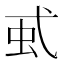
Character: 𧈱